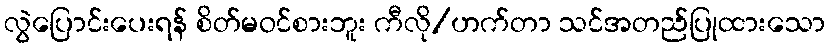
လွဲပြောင်းပေးရန် စိတ်မဝင်စားဘူး ကီလို/ဟက်တာ သင်အတည်ပြုထားသော